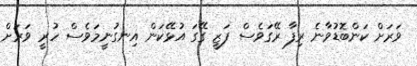
ވަރަށް ކަންބޮޑުވާނެ ރިފާ ރޭގަވެސް ފަޒީ ގޭގަ އުޅޭކަން އިނގުނީމަވެސް ހުރީ ވަރަށް